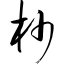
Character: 杪